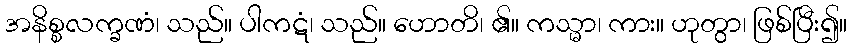
အနိစ္စလက္ခဏံ၊ သည်။ ပါကဋံ၊ သည်။ ဟောတိ၊ ၏။ ကသ္မာ၊ ကား။ ဟုတွာ၊ ဖြစ်ပြီး၍။